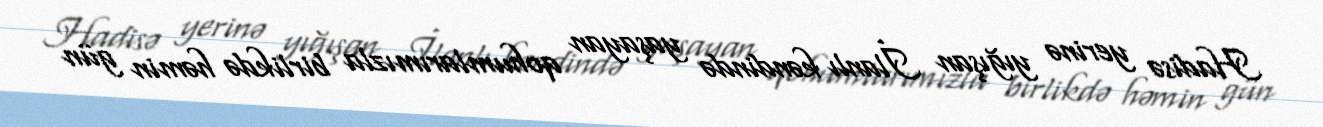
Hadisə yerinə yığışan İlanlı kəndində yaşayan qohumlarımızla birlikdə həmin gün